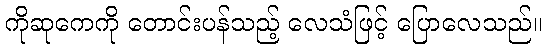
ကိုဆုကေကို တောင်းပန်သည့် လေသံဖြင့် ပြောလေသည်။